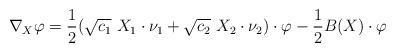
LaTeX: \begin{align*}\nabla_X \varphi = \frac{1}{2} (\sqrt{c_1}\ X_1 \cdot \nu_1 + \sqrt{c_2}\ X_2 \cdot \nu_2)\cdot\varphi - \frac{1}{2}B(X)\cdot \varphi\end{align*}